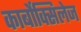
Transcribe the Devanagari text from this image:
कार्बोक्सिलेज